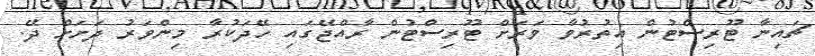
ޗައިނާ ޓޫރިސްޓުން އިތުރުވާ ވަރަށް ޓޫރިސްޓުން ރާއްޖޭގައި ހޭދަކުރާ މިންވަރު ދަށަށް ދޭ.